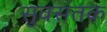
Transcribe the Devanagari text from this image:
सुवसंतक